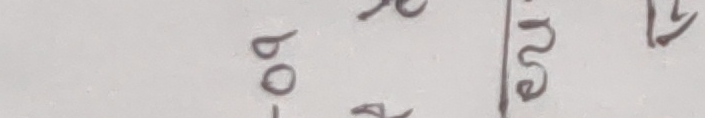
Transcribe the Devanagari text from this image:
-०० कुरा